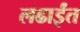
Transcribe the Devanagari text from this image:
लढाईंत